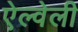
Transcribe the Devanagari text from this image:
ऐल्वेली